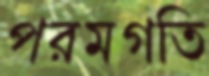
পরমগতি